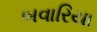
બવારિયા